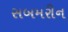
સબમરીન